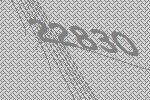
22830